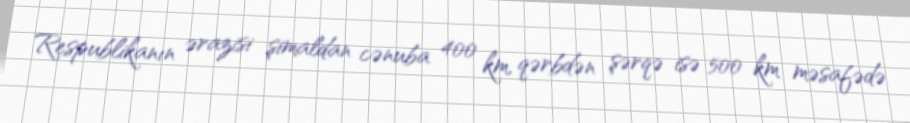
Respublikanın ərazisi şimaldan cənuba 400 km, qərbdən şərqə isə 500 km məsafədə